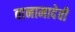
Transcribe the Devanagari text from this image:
वानामादेवी